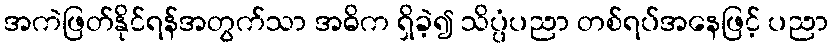
အကဲဖြတ်နိုင်ရန်အတွက်သာ အဓိက ရှိခဲ့၍ သိပ္ပံပညာ တစ်ရပ်အနေဖြင့် ပညာ